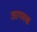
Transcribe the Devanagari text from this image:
आगमश्च